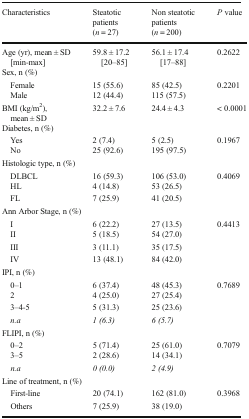
<table><thead><tr><td><b>Characteristics</b></td><td><b>Steatotic patients (<i>n</i> = 27)</b></td><td><b>Non steatotic patients (<i>n</i> = 200)</b></td><td><b><i>P</i> value</b></td></tr></thead><tbody><tr><td>Age (yr), mean ± SD [min-max]</td><td>59.8 ± 17.2 [20–85]</td><td>56.1 ± 17.4 [17–88]</td><td>0.2622</td></tr><tr><td colspan="4">Sex, n (%)</td></tr><tr><td> Female</td><td>15 (55.6)</td><td>85 (42.5)</td><td rowspan="2">0.2201</td></tr><tr><td> Male</td><td>12 (44.4)</td><td>115 (57.5)</td></tr><tr><td>BMI (kg/m<sup>2</sup>), mean ± SD</td><td>32.2 ± 7.6</td><td>24.4 ± 4.3</td><td>&lt; 0.0001</td></tr><tr><td colspan="4">Diabetes, n (%)</td></tr><tr><td> Yes</td><td>2 (7.4)</td><td>5 (2.5)</td><td rowspan="2">0.1967</td></tr><tr><td> No</td><td>25 (92.6)</td><td>195 (97.5)</td></tr><tr><td colspan="4">Histologic type, n (%)</td></tr><tr><td> DLBCL</td><td>16 (59.3)</td><td>106 (53.0)</td><td rowspan="3">0.4069</td></tr><tr><td> HL</td><td>4 (14.8)</td><td>53 (26.5)</td></tr><tr><td> FL</td><td>7 (25.9)</td><td>41 (20.5)</td></tr><tr><td colspan="4">Ann Arbor Stage, n (%)</td></tr><tr><td> I</td><td>6 (22.2)</td><td>27 (13.5)</td><td rowspan="4">0.4413</td></tr><tr><td> II</td><td>5 (18.5)</td><td>54 (27.0)</td></tr><tr><td> III</td><td>3 (11.1)</td><td>35 (17.5)</td></tr><tr><td> IV</td><td>13 (48.1)</td><td>84 (42.0)</td></tr><tr><td colspan="4">IPI, n (%)</td></tr><tr><td> 0–1</td><td>6 (37.4)</td><td>48 (45.3)</td><td rowspan="4">0.7689</td></tr><tr><td> 2</td><td>4 (25.0)</td><td>27 (25.4)</td></tr><tr><td> 3–4-5</td><td>5 (31.3)</td><td>25 (23.6)</td></tr><tr><td> <i>n.a</i></td><td><i>1 (6.3)</i></td><td><i>6 (5.7)</i></td></tr><tr><td colspan="4">FLIPI, n (%)</td></tr><tr><td> 0–2</td><td>5 (71.4)</td><td>25 (61.0)</td><td rowspan="3">0.7079</td></tr><tr><td> 3–5</td><td>2 (28.6)</td><td>14 (34.1)</td></tr><tr><td> <i>n.a</i></td><td><i>0 (0.0)</i></td><td><i>2 (4.9)</i></td></tr><tr><td colspan="4">Line of treatment, n (%)</td></tr><tr><td> First-line</td><td>20 (74.1)</td><td>162 (81.0)</td><td>0.3968</td></tr><tr><td> Others</td><td>7 (25.9)</td><td>38 (19.0)</td><td></td></tr></tbody></table>